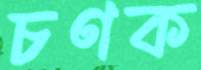
চণক